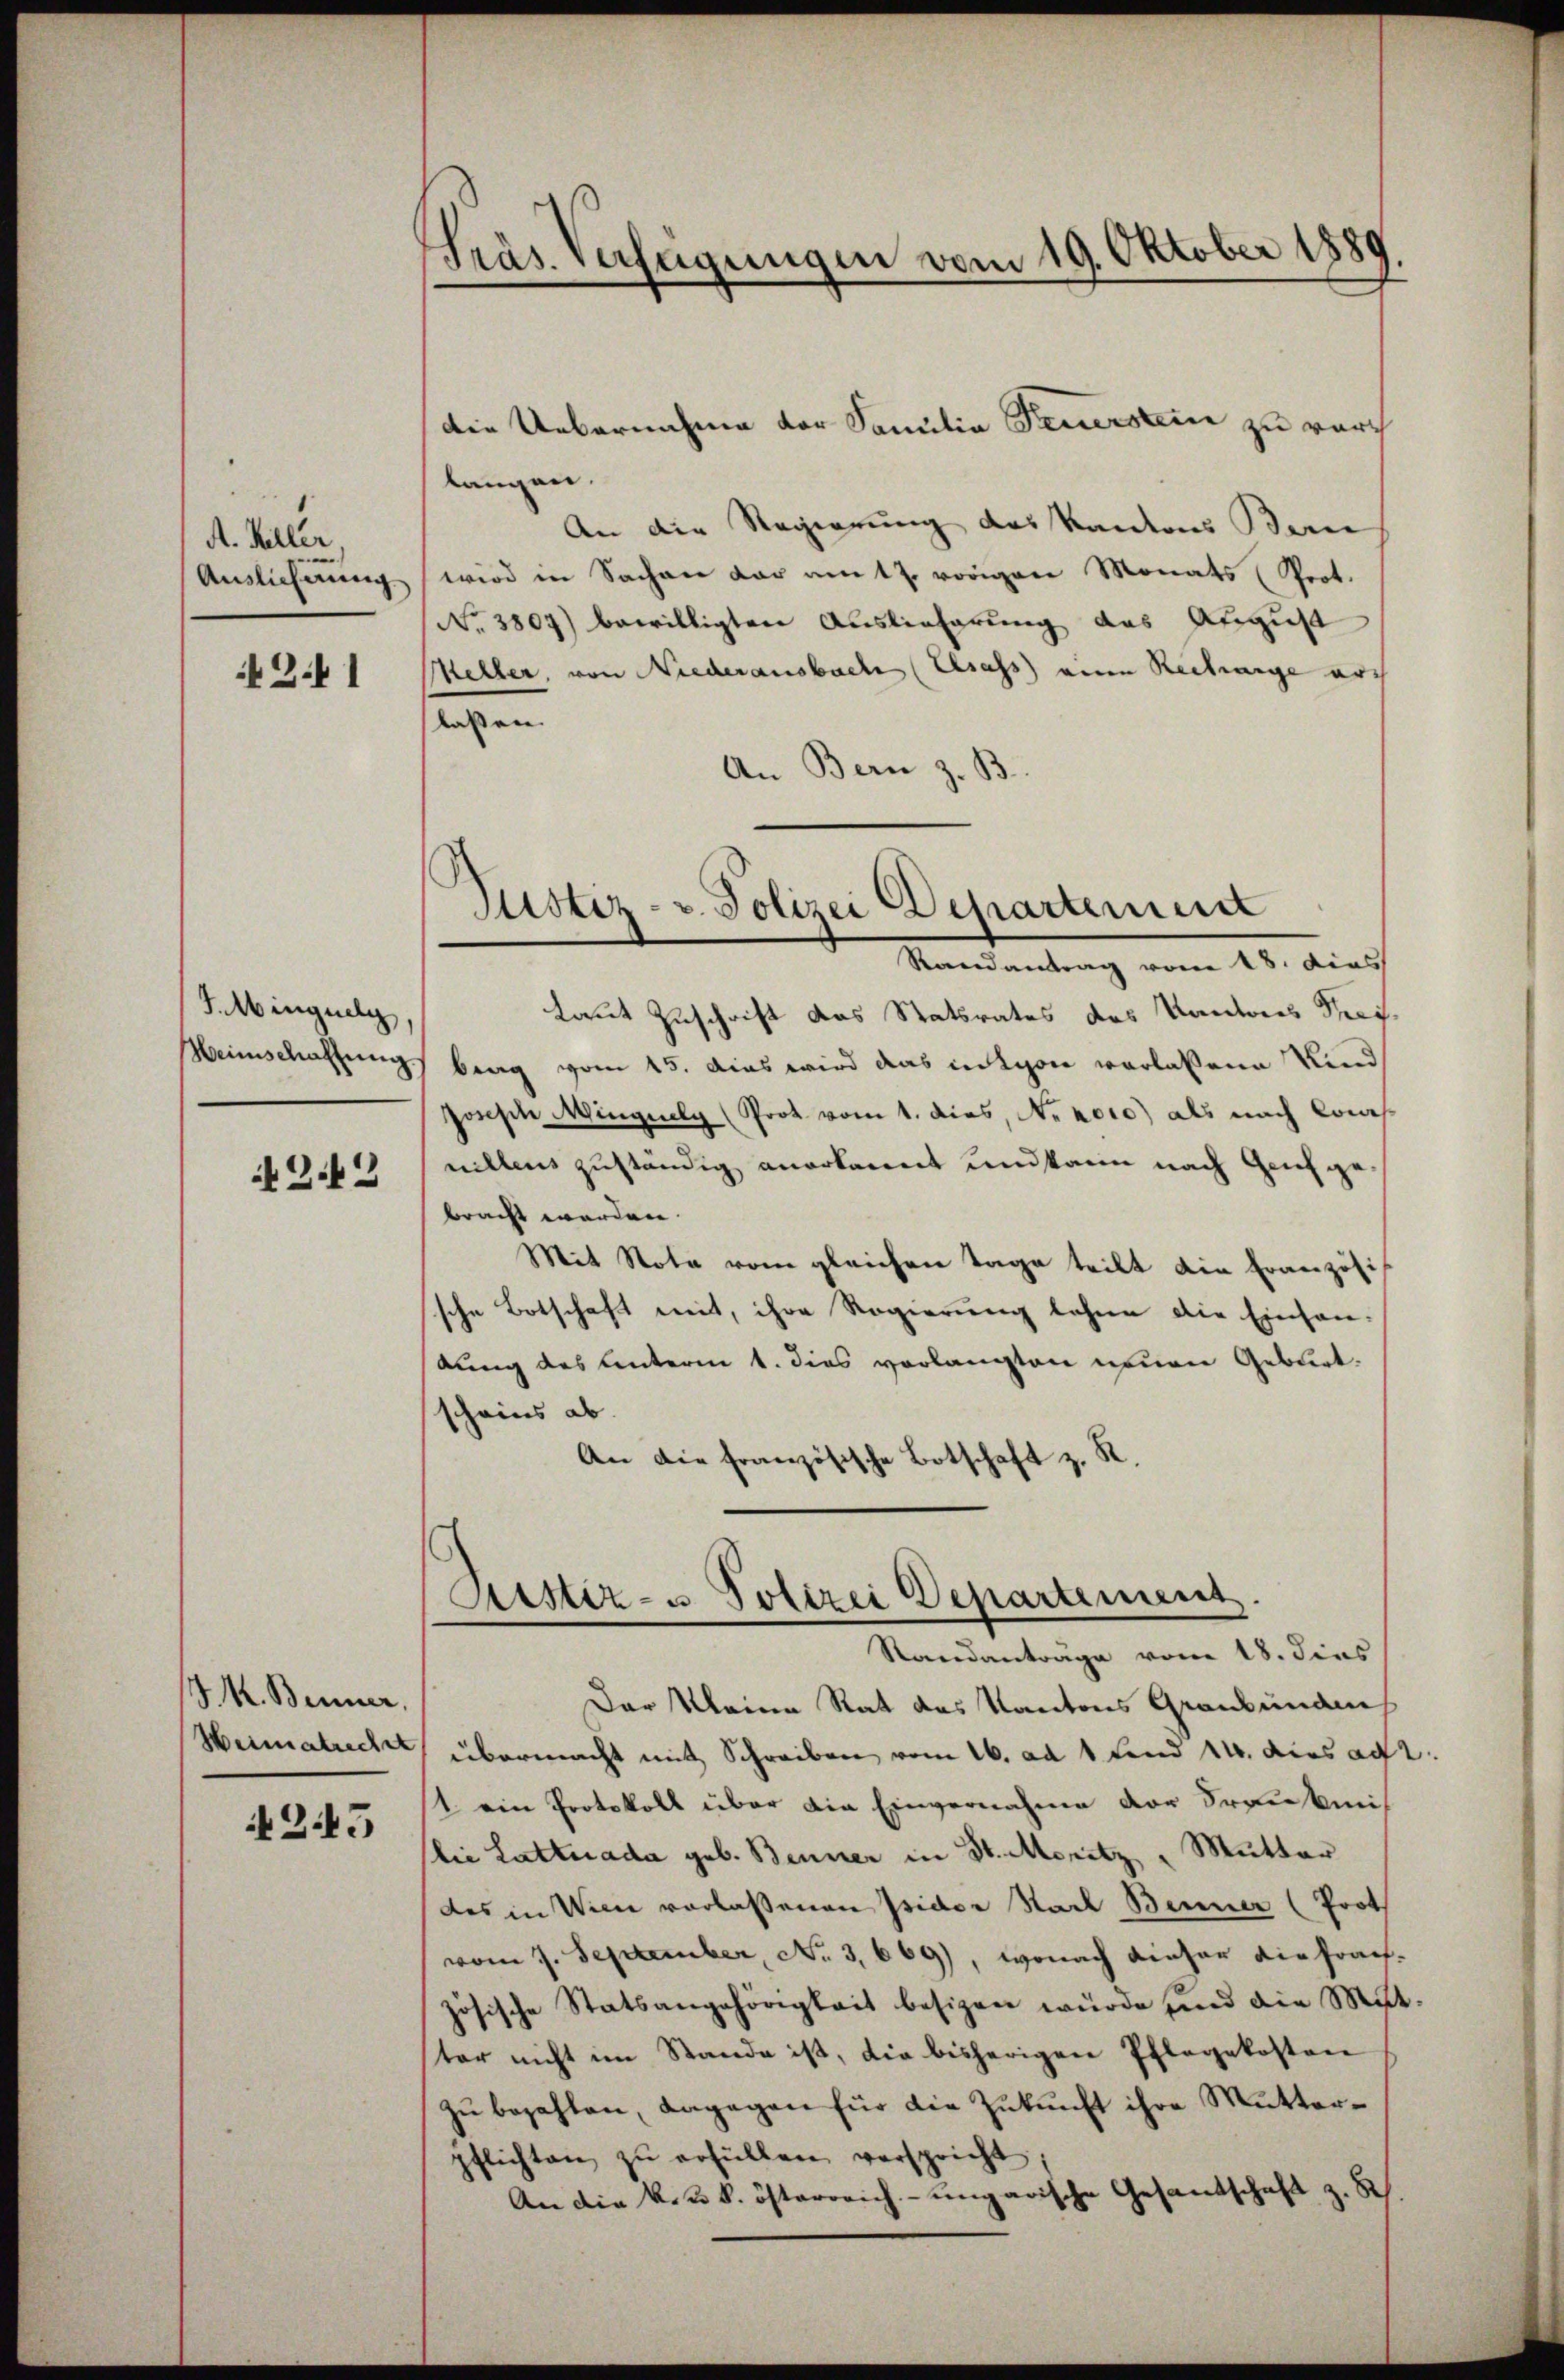
A. Keller
Auslieferung

Z. 1

J.Minguelg,
Heinschaftung

2.43

J. M. Benner,
Heimatrecht

245

Präs. Verfügungen vom 19. Oktober 1889.

langen.
An die Regierung des Kantons Beri
wird in Sachen der am 17. vorigen Monats (Prot.
No. 3807) bewilligten Auslieferung des August
Keller, von Niederausbach Elsass einen Recharge arch
lassen.
An Bern z. B.

laut Zuschrift das Statsrates des Kantons Preis-
brag vom 15. dies wird das in Lyon verlassene Kind
Josische Mingerely (Prot vom 1. dies, N. 2000) als nach Kons
nillens zuständig anerkannt und kann nach Genf gebracht worden.
Mit Note vom gleichen Tage teilt die Französis
sche Botschaft mit, ihre Regierung lehne die Einhan-
kung des Unterm 1. dies verlangten neuen Geburt.
scheins ab.
An die französische Botschaft z. R.

die Uebernahme der Familia Feuerstein zu durch

Justiz- u. Polizei Departement
Randantrag vom 18. dies

Sistiz- u Polizei Departement.
Standantrage vom 18. dies

Der Meine Rat das Kantons Graubündens
übermacht mit Schreiben vom 16. ad 1. Land 14. dies ad 2.
1 ein Protokoll über die Einvernahme vor Druckmi
lie Lattnada geb. Benner in St. Moritz - Mutter
des in Wien verlassenen Isidor Karl Benner (Prot
vom 7. September No 3,669), wonach dieser die frach-
zösische Statsangehörigkeit besizen wurde sind die Mutster nicht im Stande ist, die bisherigen Pflegekosten
zu bezahlen, dagegen für die Zukunft ihre Mutterpflichten zŭ erfüllen verspricht;
An die k. k. österreich-ungarische Gesandschaft z. B